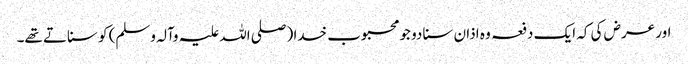
اور عرض کی کہ ایک دفعہ وہ اذان سنا دو جو محبوب خدا (صلی اللہ علیہ وآلہ وسلم) کو سناتے تھے۔